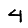
Digit: 4